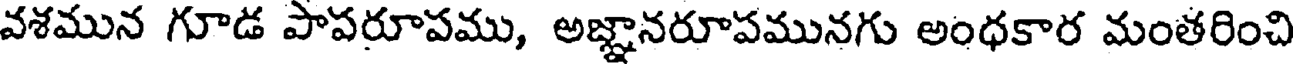
వశమున గూడ పాపరూపము, అజ్ఞానరూపమునగు అంధకార మంతరించి